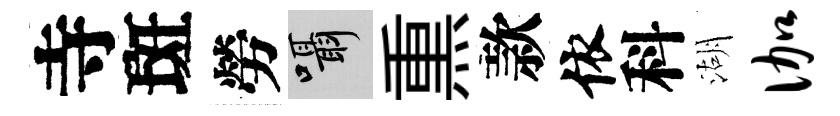
寺斑勞囁𤋱款依科湖伽